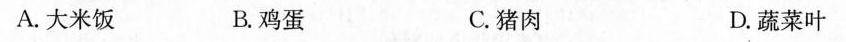
A.大米饭 B.鸡蛋 C.猪肉 D.蔬菜叶